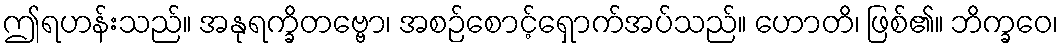
ဤရဟန်းသည်။ အနုရက္ခိတဗ္ဗော၊ အစဉ်စောင့်ရှောက်အပ်သည်။ ဟောတိ၊ ဖြစ်၏။ ဘိက္ခဝေ၊